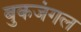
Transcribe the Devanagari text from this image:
बुकजंगल